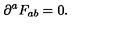
\partial ^ { a } F _ { a b } = 0 . \qquad